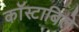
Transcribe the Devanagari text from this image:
काॅस्टाबिले